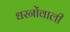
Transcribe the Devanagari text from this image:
धरनोंवाली